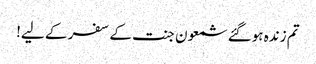
تم زندہ ہوگئے شمعون جنت کے سفر کے لیے!